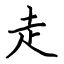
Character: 走